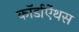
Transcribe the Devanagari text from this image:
कॉर्डाऐंथस